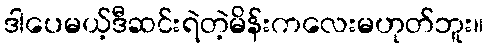
ဒါပေမယ့်ဒီဆင်းရဲတဲ့မိန်းကလေးမဟုတ်ဘူး။